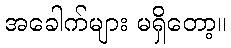
အခေါက်များ မရှိတော့။